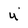
Character: u